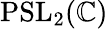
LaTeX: \mathrm{PSL}_{2}(\mathbb{C})